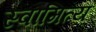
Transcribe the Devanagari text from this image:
स्वामित्य